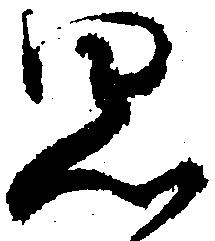
思